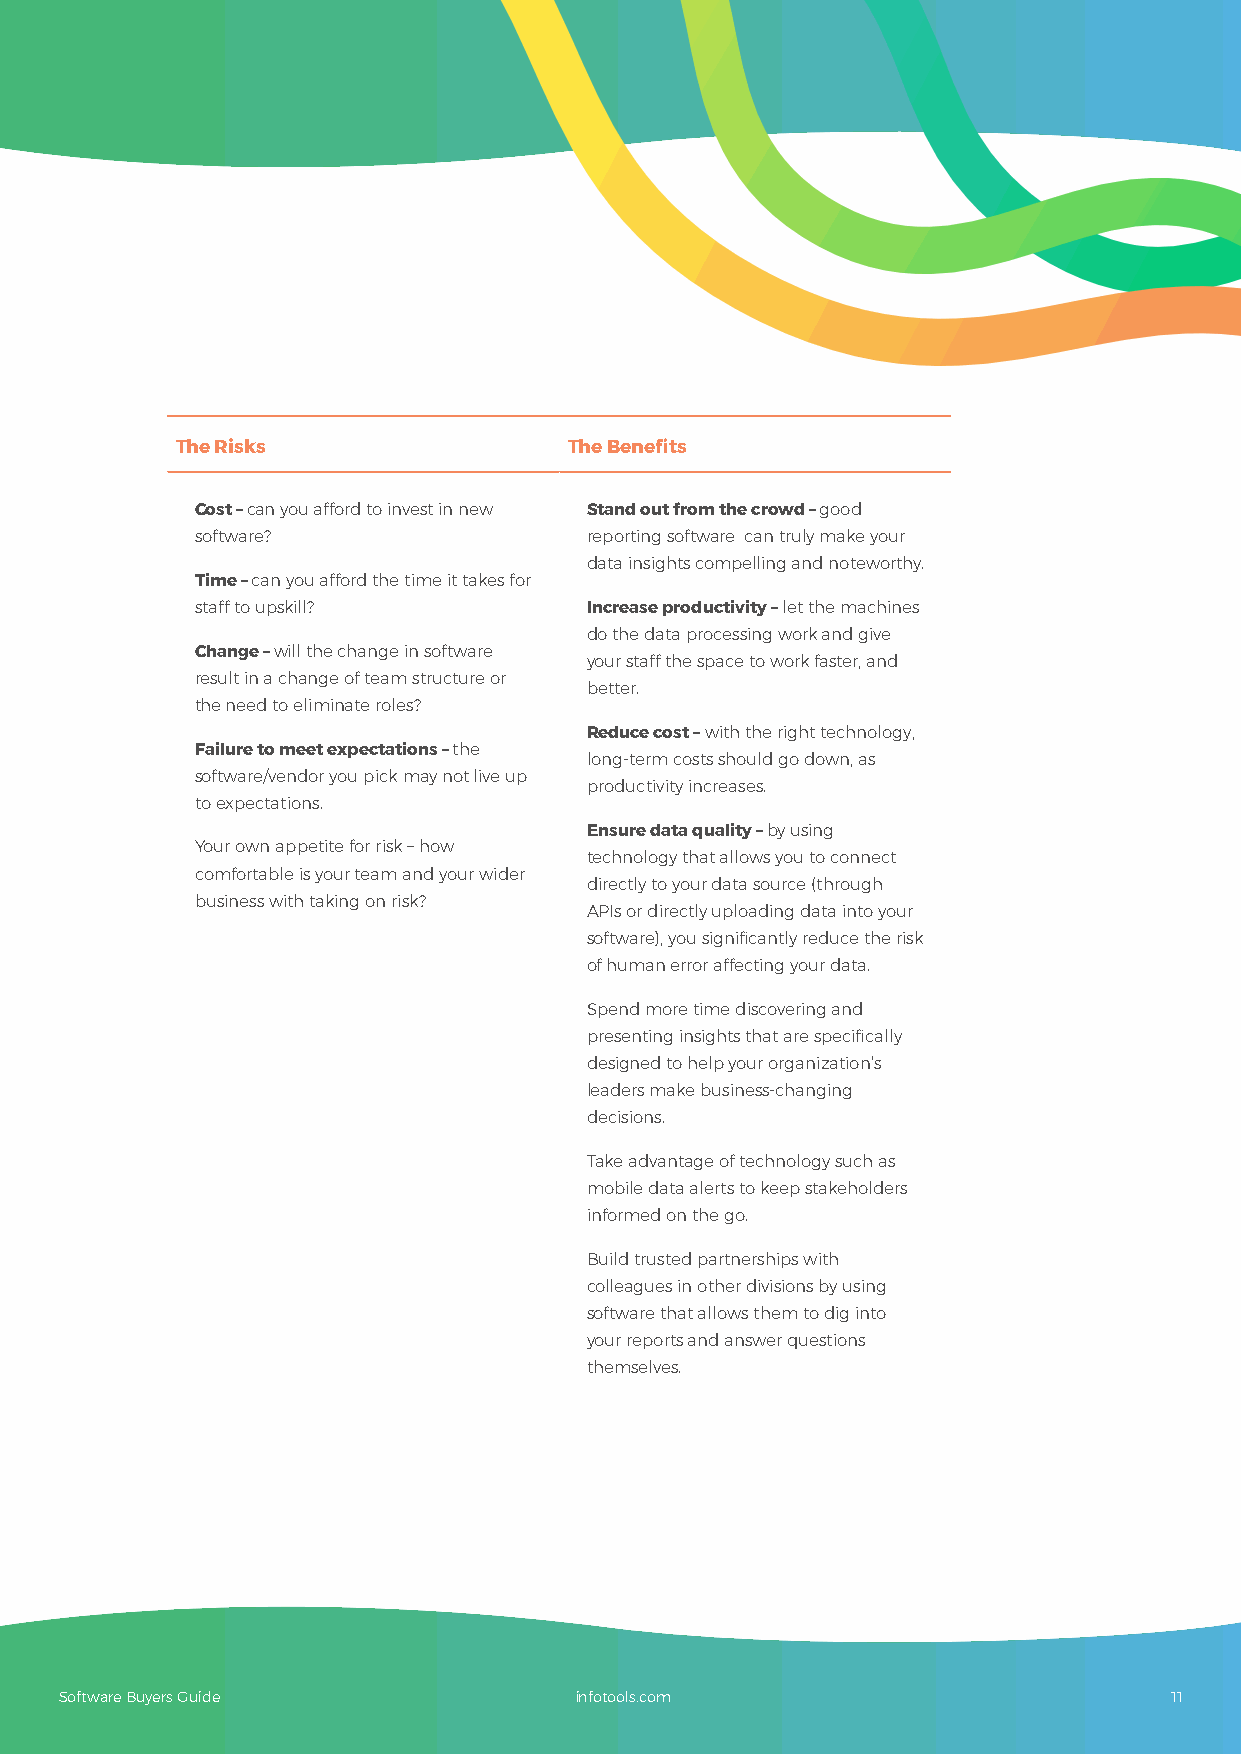
The Risks                 The Benefits
 Cost – can you afford to invest in new Stand out from the crowd – good
 software?                 reporting software can truly make your
 data insights compelling and noteworthy.
 Time – can you afford the time it takes for
 staff to upskill?         Increase productivity – let the machines
 do the data processing work and give
 Change – will the change in software
 your staff the space to work faster, and
 result in a change of team structure or
 better.
 the need to eliminate roles?
 Reduce cost – with the right technology,
 Failure to meet expectations – the
 long-term costs should go down, as
 software/vendor you pick may not live up
 productivity increases.
 to expectations.
 Ensure data quality – by using
 Your own appetite for risk – how
 technology that allows you to connect
 comfortable is your team and your wider
 directly to your data source (through
 business with taking on risk?
 APIs or directly uploading data into your
 software), you significantly reduce the risk
 of human error affecting your data.
 Spend more time discovering and
 presenting insights that are specifically
 designed to help your organization’s
 leaders make business-changing
 decisions.
 Take advantage of technology such as
 mobile data alerts to keep stakeholders
 informed on the go.
 Build trusted partnerships with
 colleagues in other divisions by using
 software that allows them to dig into
 your reports and answer questions
 themselves.
 Software Buyers Guide             infotools.com                           11